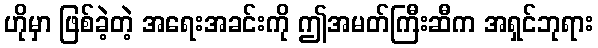
ဟိုမှာ ဖြစ်ခဲ့တဲ့ အရေးအခင်းကို ဤအမတ်ကြီးဆီက အရှင်ဘုရား